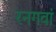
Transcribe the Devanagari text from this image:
रनगवां